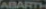
ABARTH